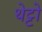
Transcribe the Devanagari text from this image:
थेट्टो